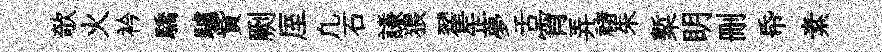
欹火衿驕驢貲劂厔凢石謙猥翟𦈢夢舌宵弄禇朱槧眀删帋素